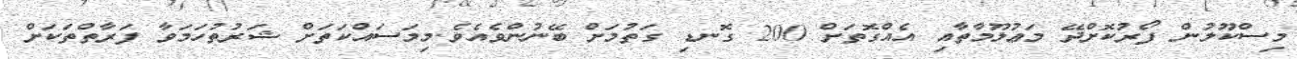
މިސްކޫލުން ފޯރުކޮށްދޭ މަޢުލޫމާތާއި އެއްގޮތަށް 200 ގޮނޑި ގަތުމަށް ބޭނުންވެއެވެ.މިމަސައްކަތަށް ޝަރުތުހަމަވާ ފަރާތްތަކަށް